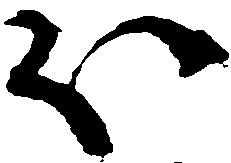
ほ